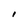
Character: I